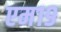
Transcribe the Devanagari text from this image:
एम१९